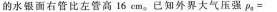
的水银面右管比左管高16cm。已知外界大气压强$$p _ { a } =